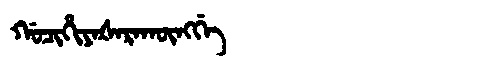
Manchu: ᡤᠣᠴᡳᡥᡳᠶᠠᡧᠠᡵᠠᡴᡡᠩᡤᡝ
Romanization: GOCIHIYAŠARAKŪNGGE